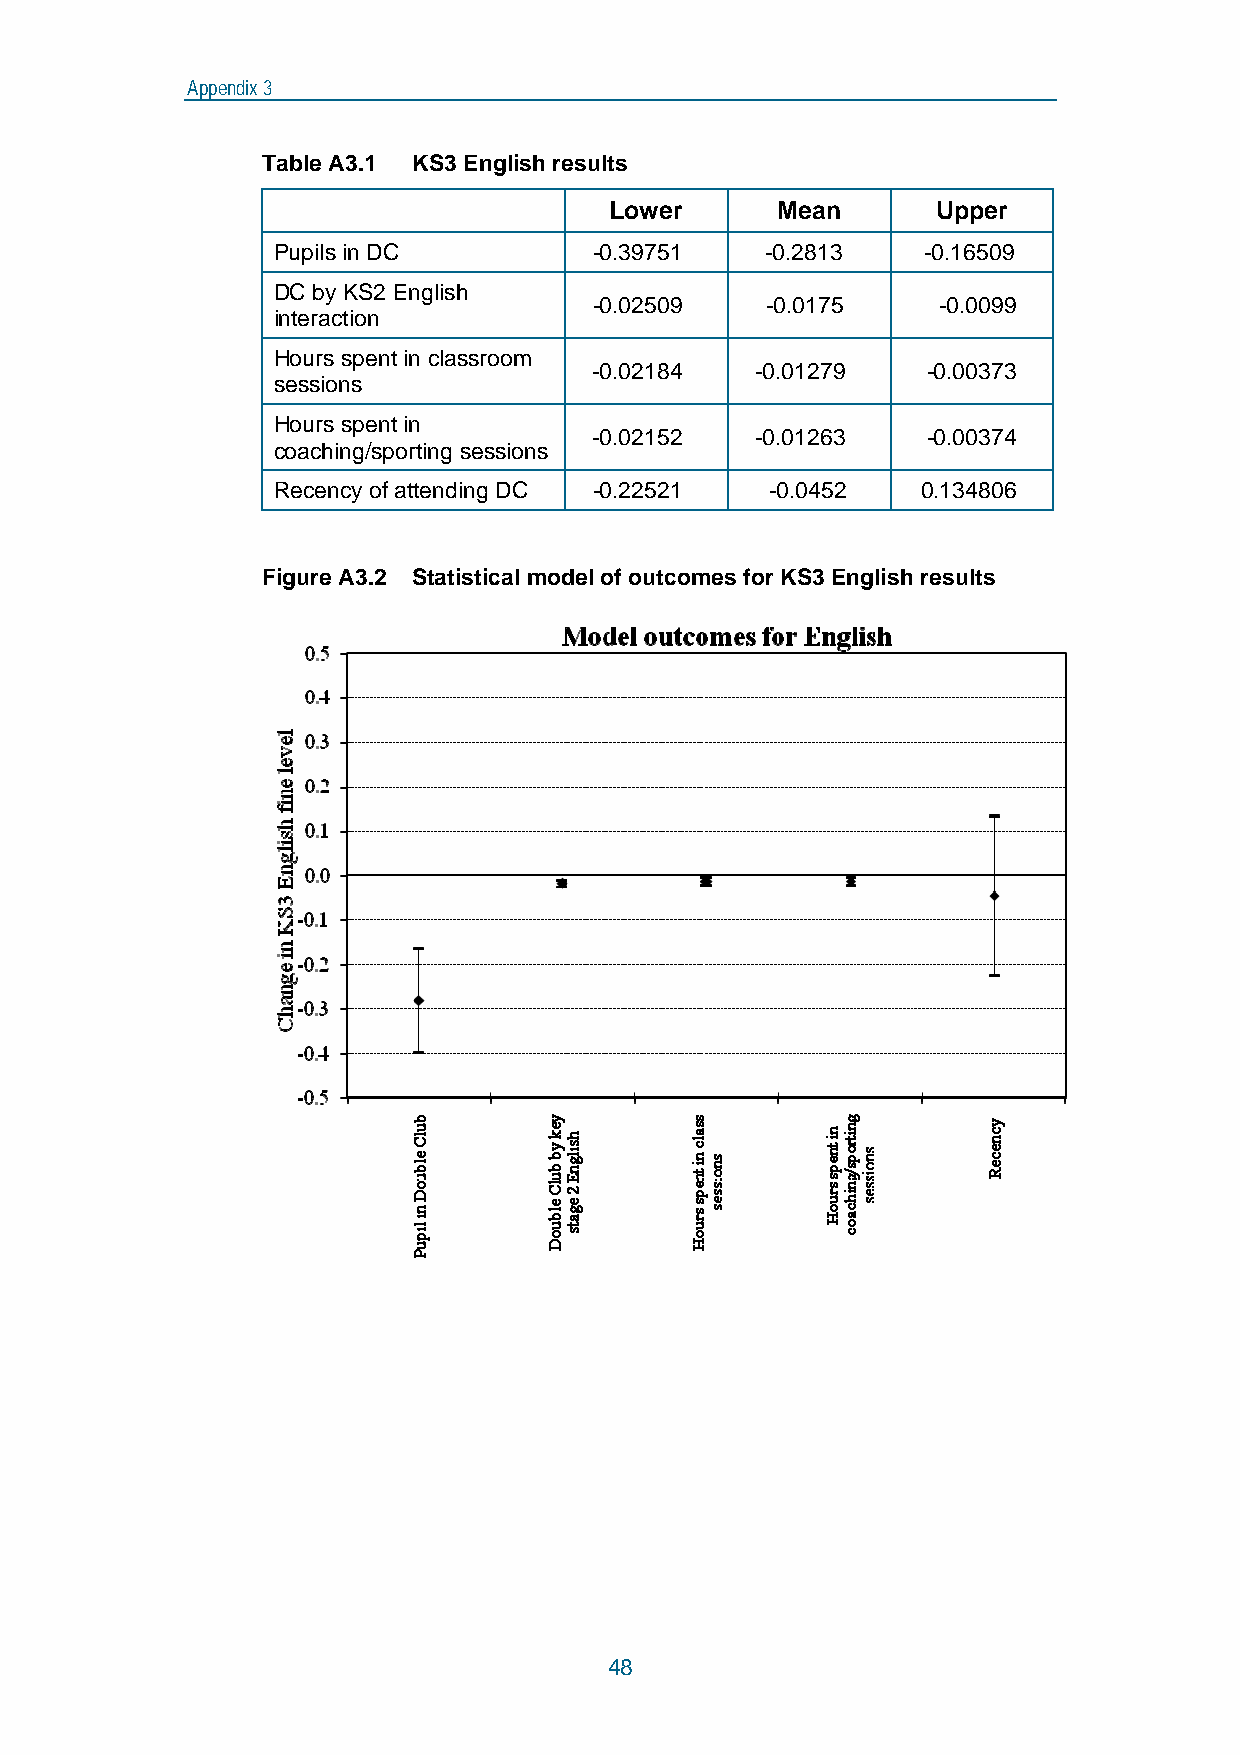
Appendix 3
 Table A3.1 KS3 English results
 Lower      Mean       Upper
 Pupils in DC         -0.39751    -0.2813   -0.16509
 DC by KS2 English
 -0.02509    -0.0175    -0.0099
 interaction
 Hours spent in classroom
 -0.02184   -0.01279   -0.00373
 sessions
 Hours spent in
 -0.02152   -0.01263   -0.00374
 coaching/sporting sessions
 Recency of attending DC -0.22521 -0.0452   0.134806
 Figure A3.2 Statistical model of outcomes for KS3 English results
 48